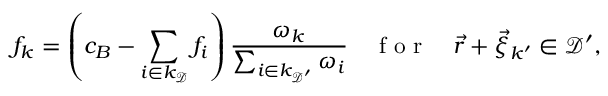
f _ { k } = \left( c _ { B } - \sum _ { i \in k _ { \mathcal { D } } } f _ { i } \right) \frac { \omega _ { k } } { \sum _ { i \in k _ { \mathcal { D } ^ { \prime } } } \omega _ { i } } \quad \mathrm { ~ f ~ o ~ r ~ } \quad \vec { r } + \vec { \xi } _ { k ^ { \prime } } \in \mathcal { D } ^ { \prime } ,